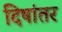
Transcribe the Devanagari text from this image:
दिषांतर